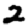
Digit: 2